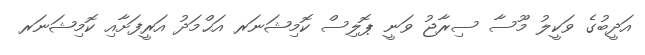
އަދީބުގެ ވަކީލު މޫސާ ސިރާޖު ވަނީ ޕޮލިސް ކޮމިޝަނަރ އަޙްމަދު އަރީފަށާއި ކޮމިޝަނަރ